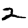
Digit: 2